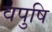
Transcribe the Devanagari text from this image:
वपुषि